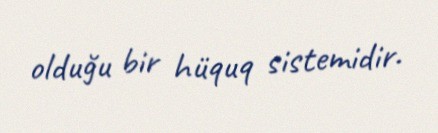
olduğu bir hüquq sistemidir.